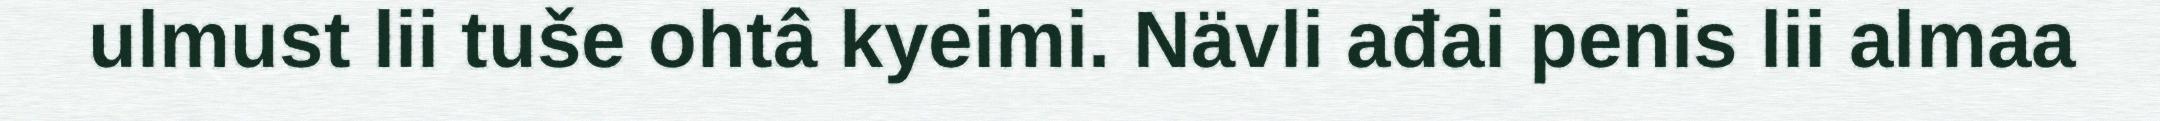
ulmust lii tuše ohtâ kyeimi. Nävli ađai penis lii almaa